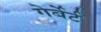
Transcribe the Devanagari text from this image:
गेर्बेर्ट